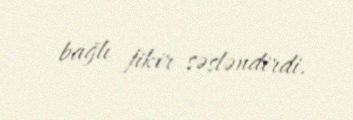
bağlı fikir səsləndirdi.